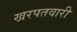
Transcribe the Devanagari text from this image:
खरपतवारी